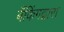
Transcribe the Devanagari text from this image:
बँकिंगद्वारा